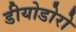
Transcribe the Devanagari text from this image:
डीयोडोरो